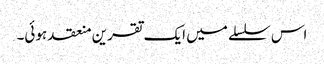
اس سلسلے میں ایک تقرین منعقد ہوئی۔